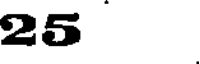
25